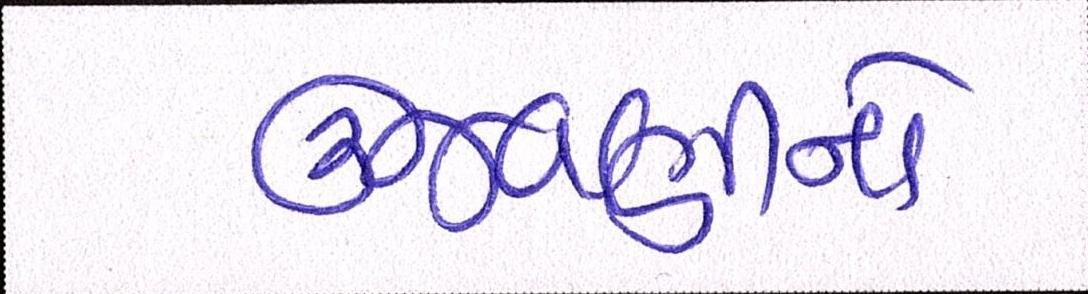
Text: ઉજવણીનો